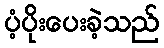
ပံ့ပိုးပေးခဲ့သည်